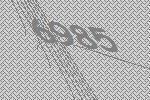
6985